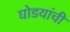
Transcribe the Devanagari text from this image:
घोडयांची